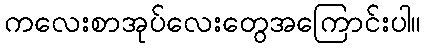
ကလေးစာအုပ်လေးတွေအကြောင်းပါ။